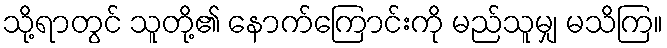
သို့ရာတွင် သူတို့၏ နောက်ကြောင်းကို မည်သူမျှ မသိကြ။